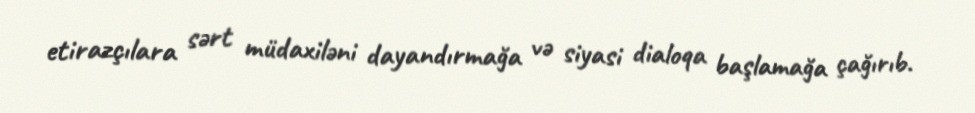
etirazçılara sərt müdaxiləni dayandırmağa və siyasi dialoqa başlamağa çağırıb.